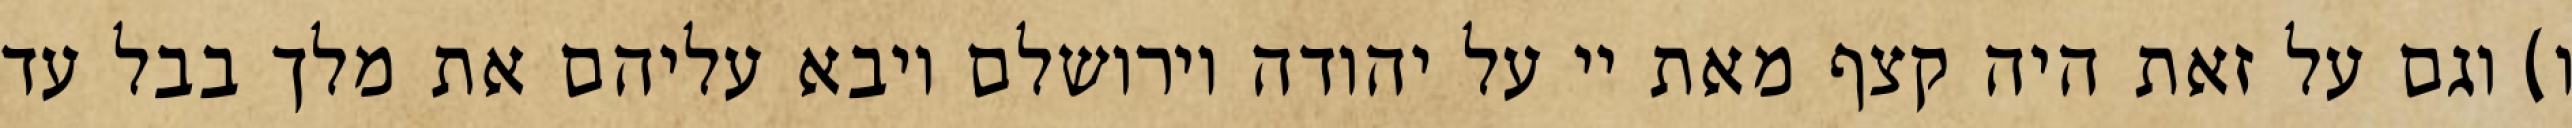
ו) וגם על זאת היה קצף מאת יי על יהודה וירושלם ויבא עליהם את מלך בבל עד